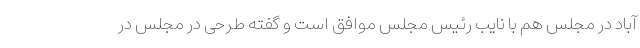
آباد در مجلس هم با نایب رئیس مجلس موافق است و گفته طرحی در مجلس در